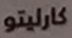
كارليتو